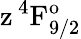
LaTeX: \mathrm{z\, ^{4}F_{9/2}^{o}}